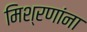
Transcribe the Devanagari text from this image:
मिश्रणांना